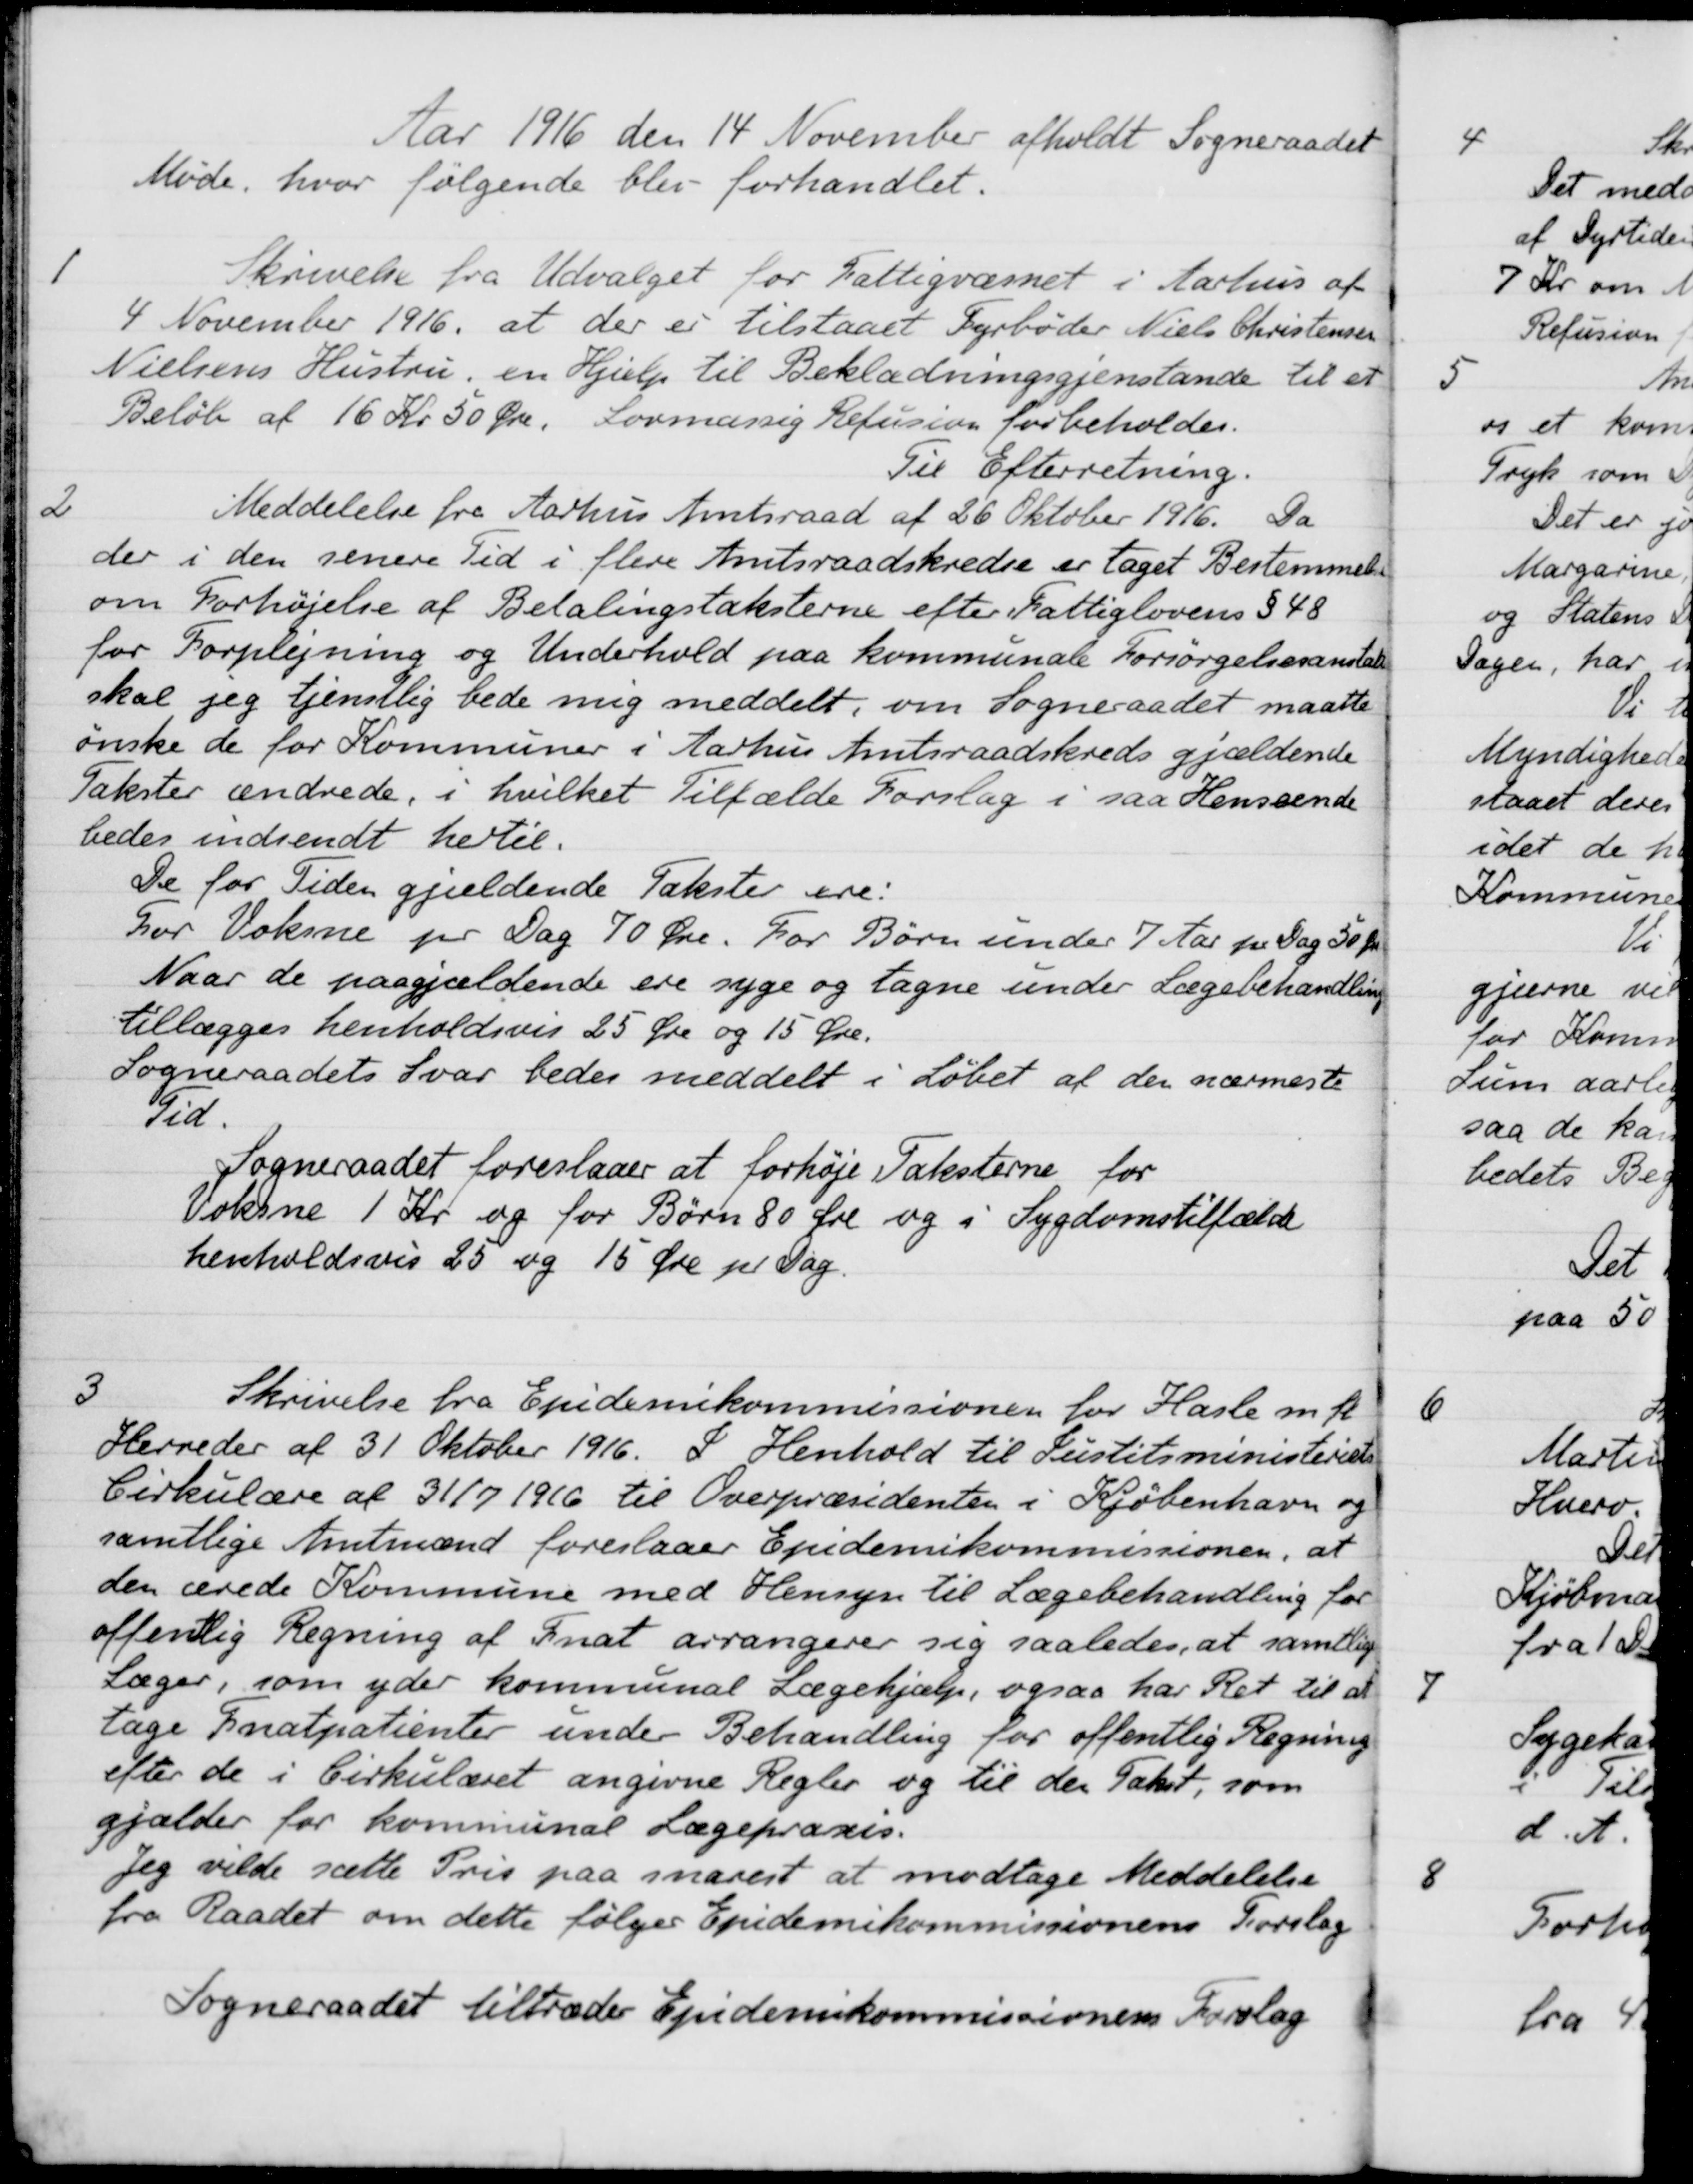
Transskription:
Aar 1916 den 14 November afholdt Sogneraadet
Møde, hvor følgende blev forhandlet.
1
Skrivelse fra Udvalget for Fattigvæsnet i Aarhus af
4 November 1916, at der er tilstaaet Fyrbøder Niels Christensen
Nielsens Hustru, en Hjælp til Beklædningsgjenstande til et
Beløb af 16 Kr 50 Øre. Lovmæssig Refusion forbeholdes.
Til Efterretning
2
Meddelelse fra Aarhus Amtsraad af 26 Oktober 1916. Da
der i den senere Tid i flere Amtsraadskredse er taget Bestemmelse
om Forhøjelse af Betalingstaksterne efter Fattiglovens § 48
for Forplejning og Underhold paa kommunale Forsørgelsesanstalter
skal jeg tjenstlig bede mig meddelt, om Sogneraadet maatte
ønske de for Kommuner i Aarhus Amtsraadskreds gjældende
Takster ændrede, i hvilket Tilfælde Forslag i saa Henseende
bedes indsendt hertil.
De for Tiden gjældende Takster ere:
For Voksne pr Dag 70 Øre. For Børn under 7 Aar pr Dag 50 Øre
Naar de paagjældende ere syge og tagne under Lægebehandling
tillægges henholdsvis 25 Øre og 15 Øre.
Sogneraadets Svar bedes meddelt i Løbet af den nærmeste
Tid.
Sogneraadet foreslaaer at forhøje Taksterne for
Volerne 1 Kr og for Børn 80 Øre og i Sygdomstilfælde
henholdsvis 25 og 15 Øre pr Dag.
3
Skrivelse fra Epidemikommissionen for Hasle m. fl.
Herreder af 31 Oktober 1916. I Henhold til Justitsministeriets
Cirkulære af 31/7 1916 til Overpræsidenten i Kjøbenhavn og
samtlige Amtmænd foreslaaer Epidemikommissionen, at
den ærede Kommune med Hensyn til Lægebehandling for
offenlig Regning af Fnat arrangerer sig saaledes, at samtlige
Læger, som yder kommunal Lægehjælp, ogsaa har Ret til at
tage Fnatpatienter under Behandling for offentlig Regning
efter de i Cirkulæret angivne Regler og til den Takst, som
gjælder for kommunal Lægeproces.
Jeg vilde sætte Pris paa snarest at modtage Meddelelse
fra Raadet om dette følger Epidemikommissionens Forslag
Sogneraadet tiltræder Epidemikommissionens Forslag